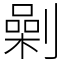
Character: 劋